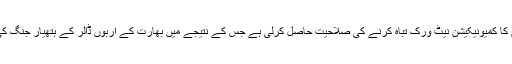
62 نئی دہلی(مانیٹرنگ ڈیسک) چین نے بھارتی فوج کا کمیونیکیشن نیٹ ورک تباہ کرنے کی صلاحیت حاصل کرلی ہے جس کے نتیجے میں بھارت کے اربوں ڈالر کے ہتھیار جنگ کی صورت میں محض کاٹھ کباڑ بن کر رہ جائیں گے۔